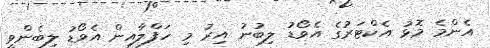
އެންމެ މޮޅު އެކްޓަރުގެ އެވޯޑު ލިބުނު އިރު މި ހަފްލާއިން އެވޯޑު ލިބެންވީ